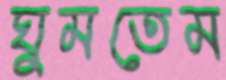
ঘুমতেম